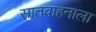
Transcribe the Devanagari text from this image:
सातवाहनाला